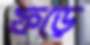
ফড়ে